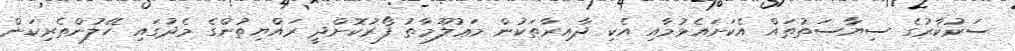
ސަރުކާރުގެ ސިޔާސަތުތައް އެކަށައެޅުމާއި އެކި ދާއިރާތަކުން މަޢުލޫމާތު ފޯރުކޮށްދީ ރައްޔިތުންގެ މެދުގައި ހޭލުންތެރިކަން